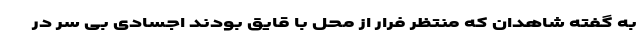
به گفته شاهدان که منتظر فرار از محل با قایق بودند اجسادی بی سر در